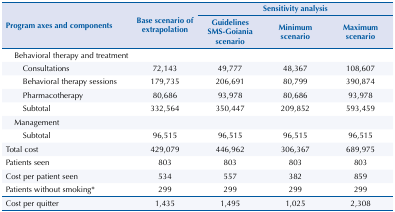
<table><thead><tr><td rowspan="3"><b>Program axes and components</b></td><td rowspan="3"><b>Base scenario of extrapolation</b></td><td colspan="3"><b>Sensitivity analysis</b></td></tr><tr><td><b>Guidelines SMS-Goiania scenario</b></td><td><b>Minimum scenario</b></td><td><b>Maximum scenario</b></td></tr></thead><tbody><tr><td>Behavioral therapy and treatment</td><td> </td><td> </td><td> </td><td> </td></tr><tr><td>Consultations</td><td>72,143</td><td>49,777</td><td>48,367</td><td>108,607</td></tr><tr><td>Behavioral therapy sessions</td><td>179,735</td><td>206,691</td><td>80,799</td><td>390,874</td></tr><tr><td>Pharmacotherapy</td><td>80,686</td><td>93,978</td><td>80,686</td><td>93,978</td></tr><tr><td>Subtotal</td><td>332,564</td><td>350,447</td><td>209,852</td><td>593,459</td></tr><tr><td>Management</td><td> </td><td> </td><td> </td><td> </td></tr><tr><td>Subtotal</td><td>96,515</td><td>96,515</td><td>96,515</td><td>96,515</td></tr><tr><td>Total cost</td><td>429,079</td><td>446,962</td><td>306,367</td><td>689,975</td></tr><tr><td>Patients seen</td><td>803</td><td>803</td><td>803</td><td>803</td></tr><tr><td>Cost per patient seen</td><td>534</td><td>557</td><td>382</td><td>859</td></tr><tr><td>Patients without smoking*</td><td>299</td><td>299</td><td>299</td><td>299</td></tr><tr><td>Cost per quitter</td><td>1,435</td><td>1,495</td><td>1,025</td><td>2,308</td></tr></tbody></table>